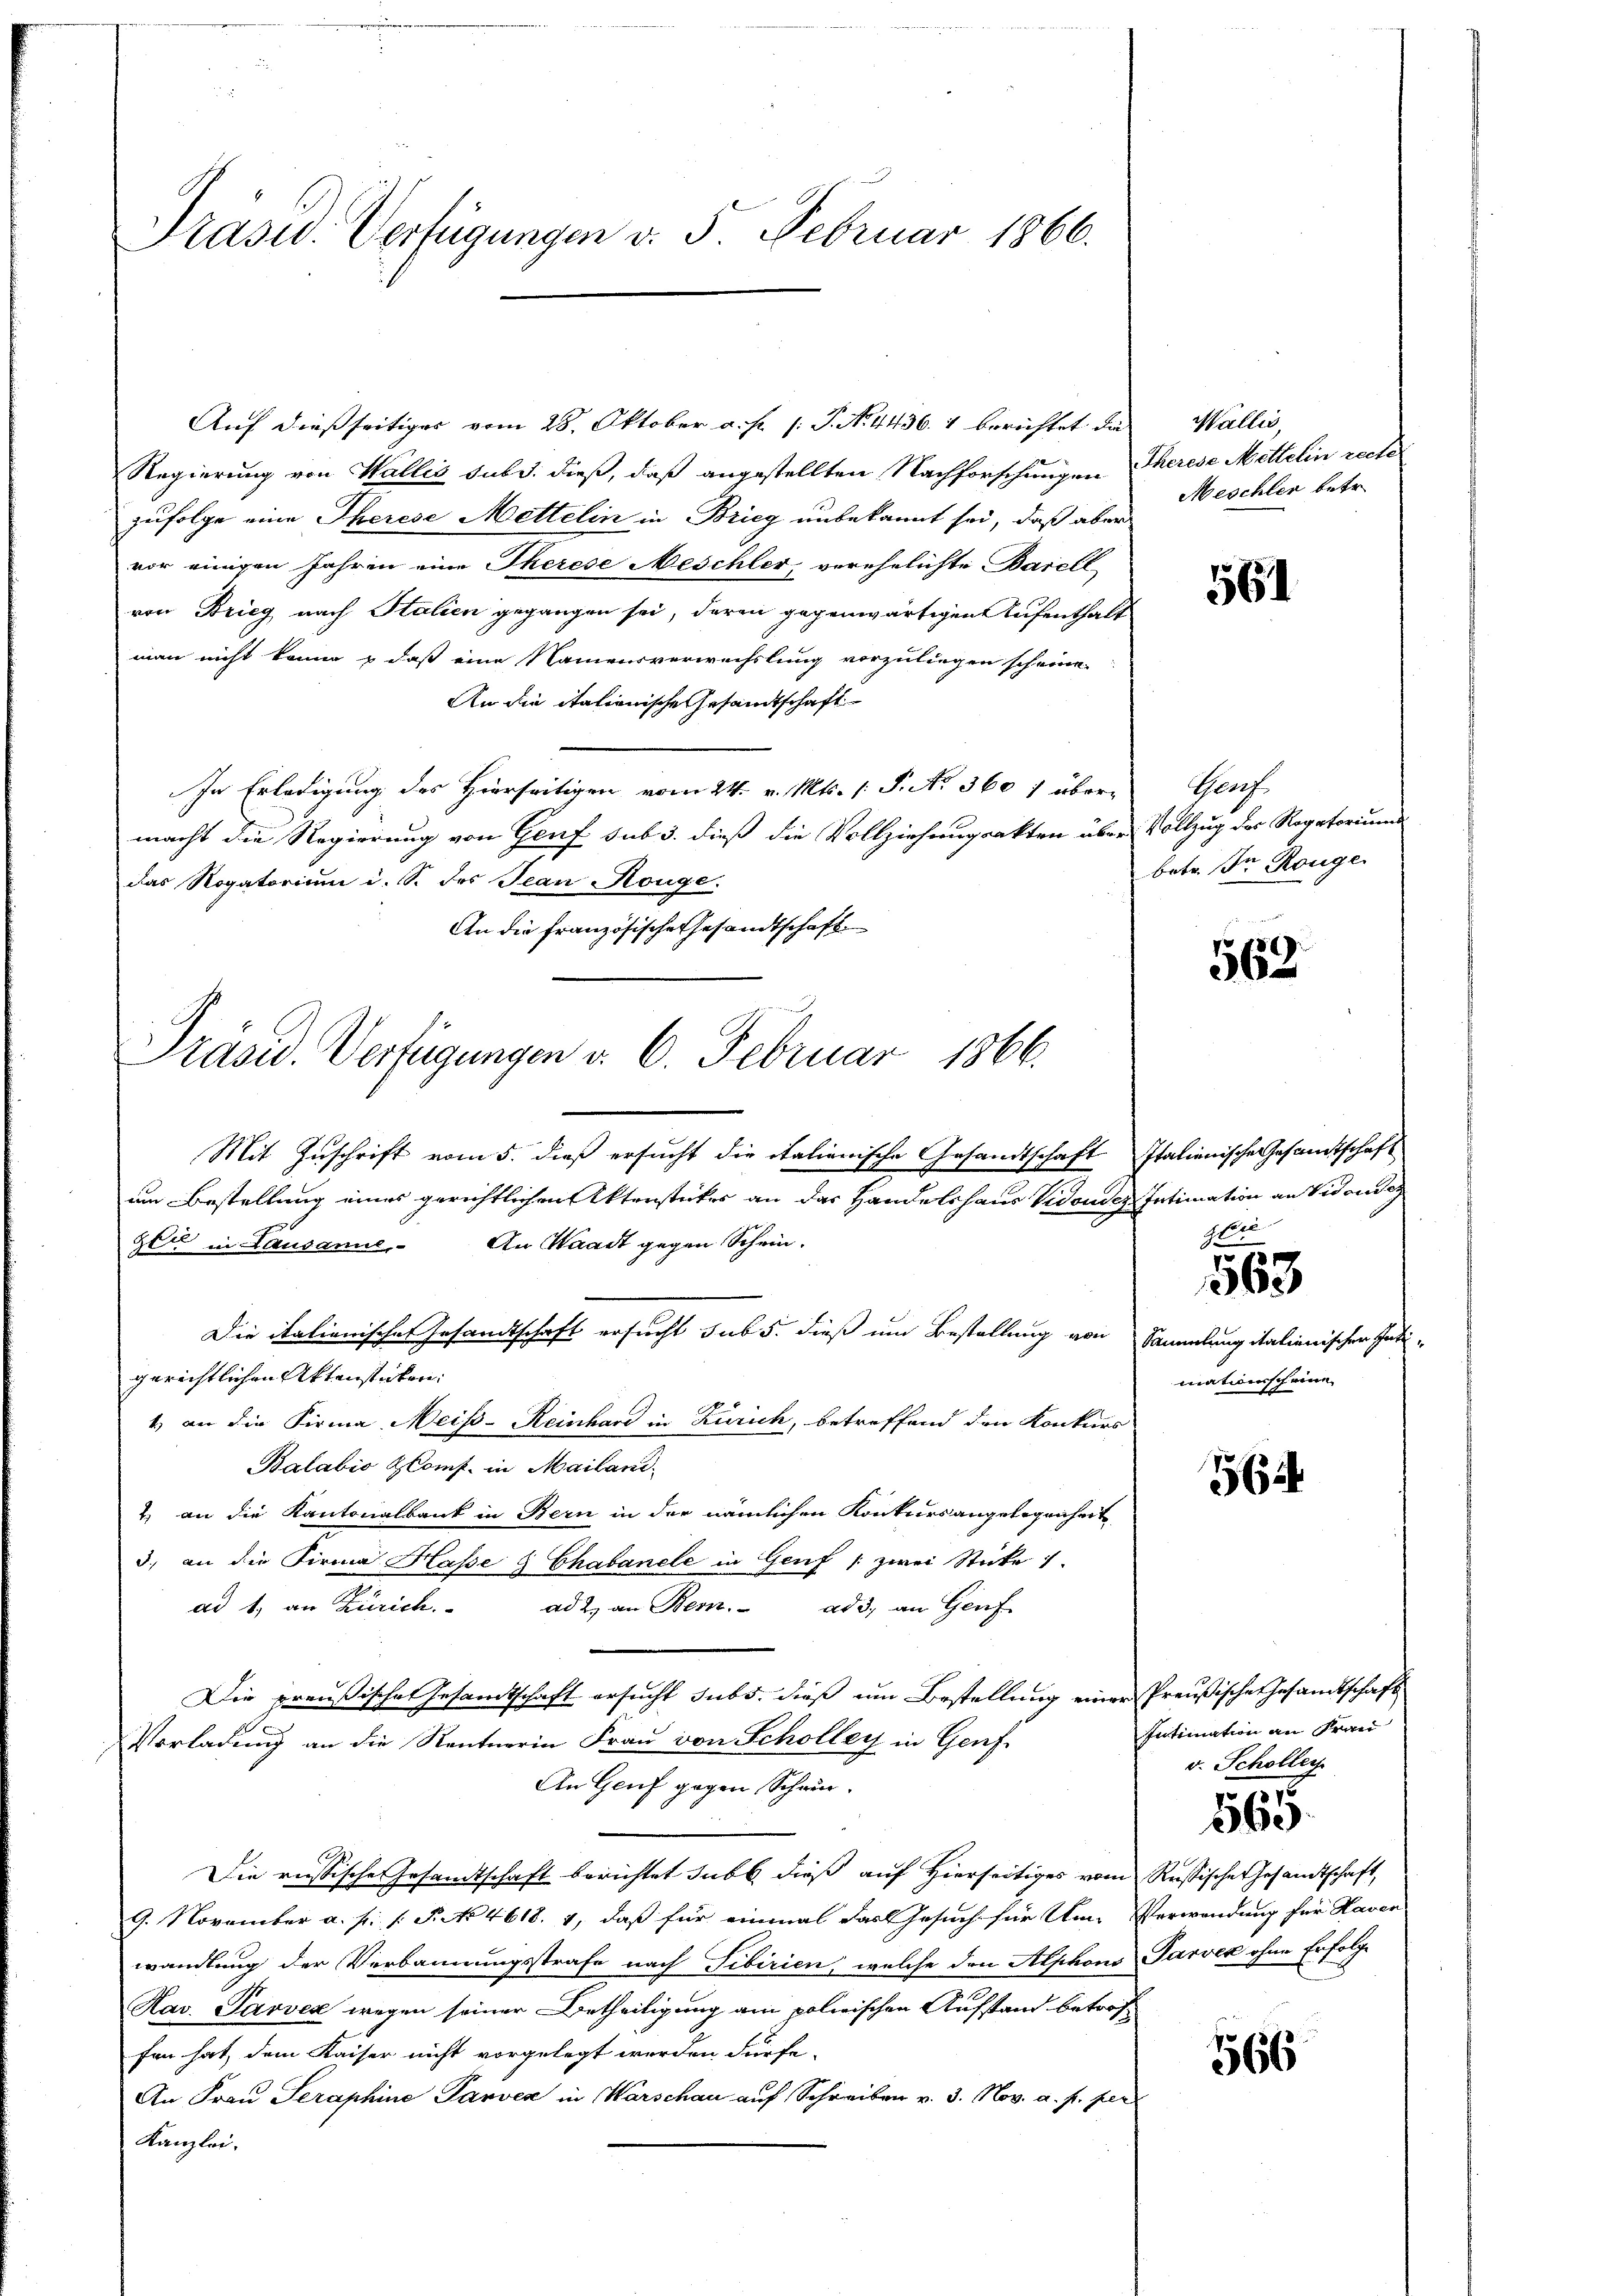
Präsid. Verfügungen v. 5. Februar 1866.

Auf dießseitiger vom 28. Oktober a. f. 1: P. No. 4436. 1 berichtet die Wallis,
Regierung von Wallis sub d. dieß, daß angestellten Nachforschungen Therese Mettelin reche
zufolge eine Therese Mettelin in Brieg unbekannt sei, daß aber
vor einigen Jahren eine Therese Meschler, verehelichte Basell-
von Brieg nach Italien gegangen sei, deren gegenwärtigen Aufenthalt
man nicht könne & daß eine Namensverwechslung vorzuliegen scheine.
An die italienische Gesandtschaft
In Erledigung des Hierseitigen vom 24. v. Mts. (: P. No 360 f übermacht die Regierung von Genf sub 3. dieß die Vollziehungsakten über Vollzug des Rogatoriums
das Rogatorium i. S. des Jean Rouge.
An die französische Gesandtschaft.
Mit Zuschrift vom 5. dieß ersucht die italienische Gesandtschaft Italienische Gesamtschaft
um Bestellung eines gerichtlichenktensticker an das Handelshaus Vidonder Intimation an Vidone
gli in Lausanne. An Waadt gegen Schein.
Die italienisches Gesandtschaft ersucht sub 5. dieß um Bestellung von Sammlung italienischen Intigerichtlichen Aktenstücken.
4) an die Firma Meiss-Reinhard in Zürich, betreffend den Konkurs
Balabio Comp. in Mailani-
& an die Kantonalbank in Bern in der nämlichen Konkursangelegenheit
3. an die Firma Hasse G Chabanele in Genf /: zwei Sticke 1.
ad 1, an Zürich.
ad 2. an Bern. ad 3, an Genf
Die preußische Gesandtschaft ersucht subs, dieß um Bestellung einer Preußische Gesamtschaft
Vorladung an die Rentnerin Frau von Scholler in Genf
An Genf gegen Schwur¬
Die russische Gesandtschaft berichtet subt dieß auf Hierseitiges vom Russische Gesandtschaft,
9. November a. p. P. No 4618. 4, daß für einmal das Gesuch für Um- Verwendung für Haven
wandlung der Verbannungsstrafe nach Tibirien, welche den Alphons Parvek ohne Erfolge
Rav. Savves wegen seiner Urtheiligung am polirischen Aufstand betrof-
fen hat, dem Kaiser nicht vorgelegt werden dürfe.
An Frau Seraphine Parven in Warschau auf Schreiben v. 3. Nov. a. p. per
Kanzlei.

Präsid. Verfügungen d. 6. Februar 1866.

Meschler betr.

Graf.
betr. In Ronge

561

569

Helen

563

mationsscheine

564

Intimation an Frau
v. Scholleg

565.

566